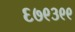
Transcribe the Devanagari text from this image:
६७९३९९